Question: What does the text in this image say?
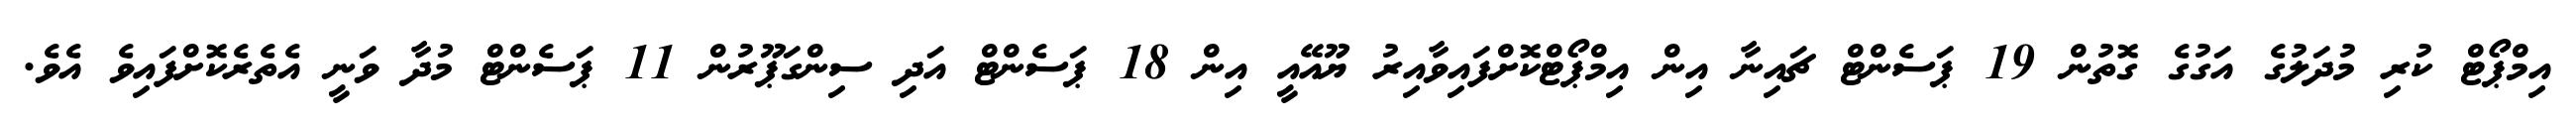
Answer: އިމްޕޯޓް ކުރި މުދަލުގެ އަގުގެ ގޮތުން 19 ޕަސެންޓް ޗައިނާ އިން އިމްޕޯޓްކޮށްފައިވާއިރު ޔޫއޭއީ އިން 18 ޕަސެންޓް އަދި ސިންގަޕޫރުން 11 ޕަސެންޓް މުދާ ވަނީ އެތެރެކޮށްފައިވެ އެވެ.